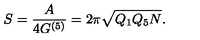
S = \frac A { 4 G ^ { ( 5 ) } } = 2 \pi \sqrt { Q _ { 1 } Q _ { 5 } N } .